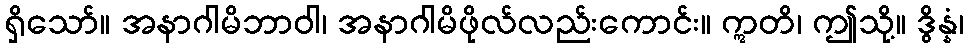
ရှိသော်။ အနာဂါမိဘာဝါ၊ အနာဂါမိဖိုလ်လည်းကောင်း။ ဣတိ၊ ဤသို့။ ဒွိန္နံ၊